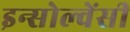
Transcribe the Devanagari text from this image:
इन्सोल्वेंसी